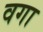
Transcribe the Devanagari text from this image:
वगा